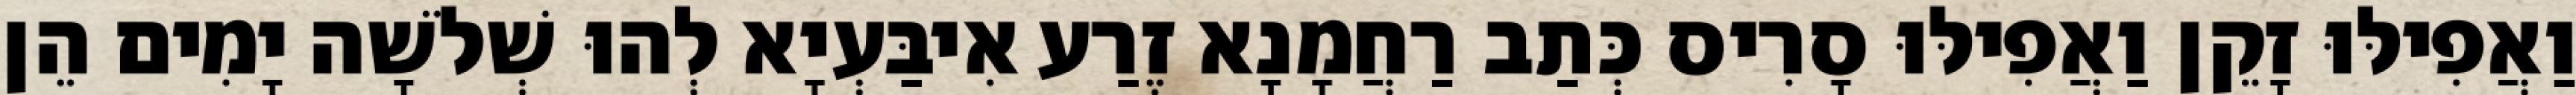
וַאֲפִילּוּ זָקֵן וַאֲפִילּוּ סָרִיס כְּתַב רַחֲמָנָא זֶרַע אִיבַּעְיָא לְהוּ שְׁלֹשָׁה יָמִים הֵן